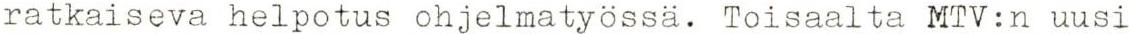
ratkaiseva helpotus ohjelmatyössä. Toisaalta MTV:n uusi